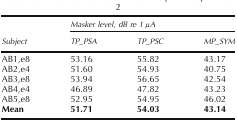
|  | <COLSPAN=3> Masker level, dB re 1 μA |
 | Subject | TP_PSA | TP_PSC | MP_SYM |
 | --- | --- | --- | --- |
 | AB1,e8 | 53.16 | 55.82 | 43.17 |
 | AB2,e4 | 51.60 | 54.93 | 40.75 |
 | AB3,e8 | 53.94 | 56.65 | 42.54 |
 | AB4,e4 | 46.89 | 47.82 | 43.23 |
 | AB5,e8 | 52.95 | 54.95 | 46.02 |
 | Mean | 51.71 | 54.03 | 43.14 |